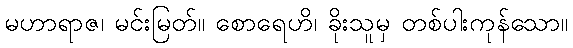
မဟာရာဇ၊ မင်းမြတ်။ စောရေဟိ၊ ခိုးသူမှ တစ်ပါးကုန်သော။